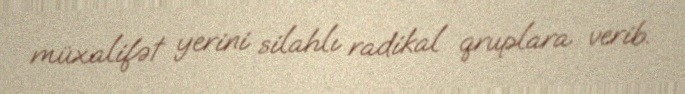
müxalifət yerini silahlı radikal qruplara verib.